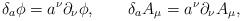
LaTeX: \begin{align*}\delta _{a}\phi =a^{\nu }\partial _{\nu }\phi ,\qquad \delta _{a}A_{\mu}=a^{\nu }\partial _{\nu }A_{\mu }, \end{align*}